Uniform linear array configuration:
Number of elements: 32
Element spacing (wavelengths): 0.75
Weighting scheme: hamming
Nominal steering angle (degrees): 0
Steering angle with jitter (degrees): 0.4968
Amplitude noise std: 0.05
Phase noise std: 0.05

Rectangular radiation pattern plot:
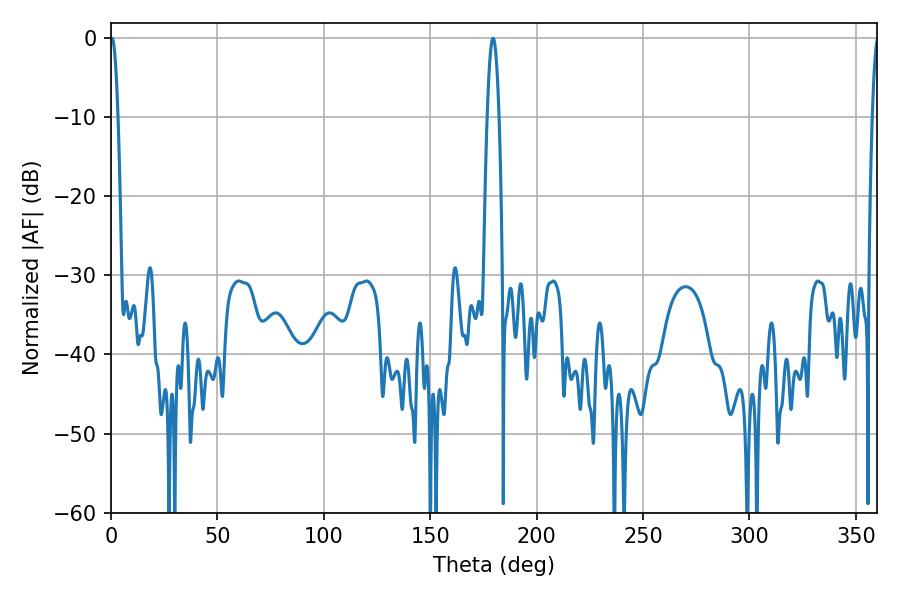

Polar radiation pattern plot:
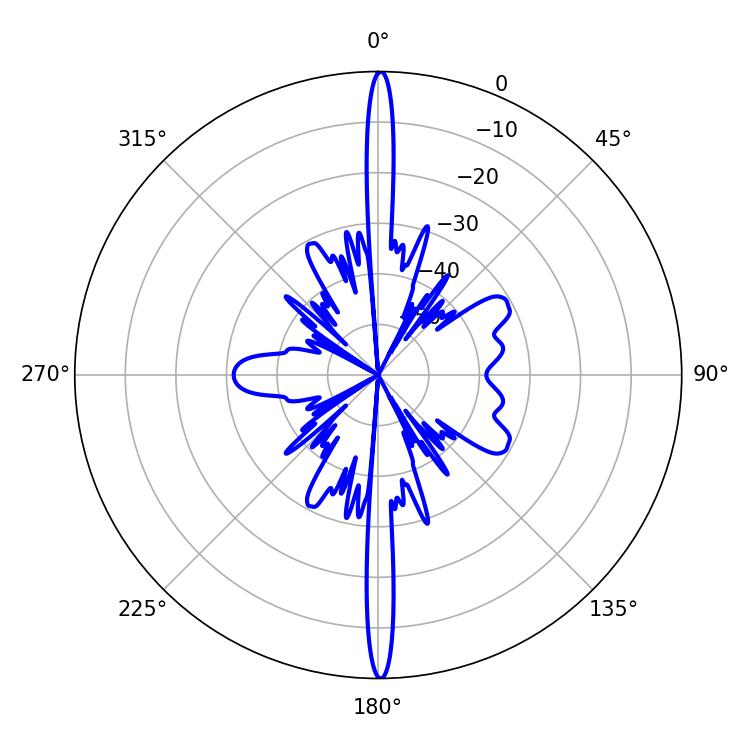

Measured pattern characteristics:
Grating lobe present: TRUE
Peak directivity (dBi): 32.329
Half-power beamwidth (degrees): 1.98
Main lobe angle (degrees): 0.54